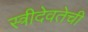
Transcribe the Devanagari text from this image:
स्त्रीदेवतेची